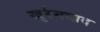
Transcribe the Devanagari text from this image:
खुर्रमदाद